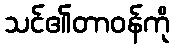
သင်၏တာဝန်ကို